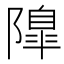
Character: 𨼍